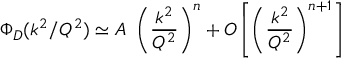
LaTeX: \Phi _ { D } ( k ^ { 2 } / Q ^ { 2 } ) \simeq A \ \left( { \frac { k ^ { 2 } } { Q ^ { 2 } } } \right) ^ { n } + { \cal O } \left[ \left( { \frac { k ^ { 2 } } { Q ^ { 2 } } } \right) ^ { n + 1 } \right]